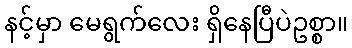
နင့်မှာ မေရွက်လေး ရှိနေပြီပဲဥစ္စာ။